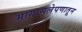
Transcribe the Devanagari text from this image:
मागासलेपणातून